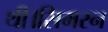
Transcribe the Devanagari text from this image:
थी।सिमरन